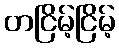
တငြိမ့်ငြိမ့်